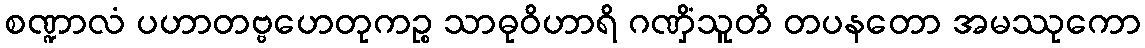
စဏ္ဍာလံ ပဟာတဗ္ဗဟေတုကဉ္စ သာဓုဝိဟာရိ ဂဏှိံသူတိ တပနတော အမဿုကော